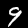
Label: 9